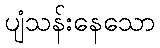
ပျံသန်းနေသော